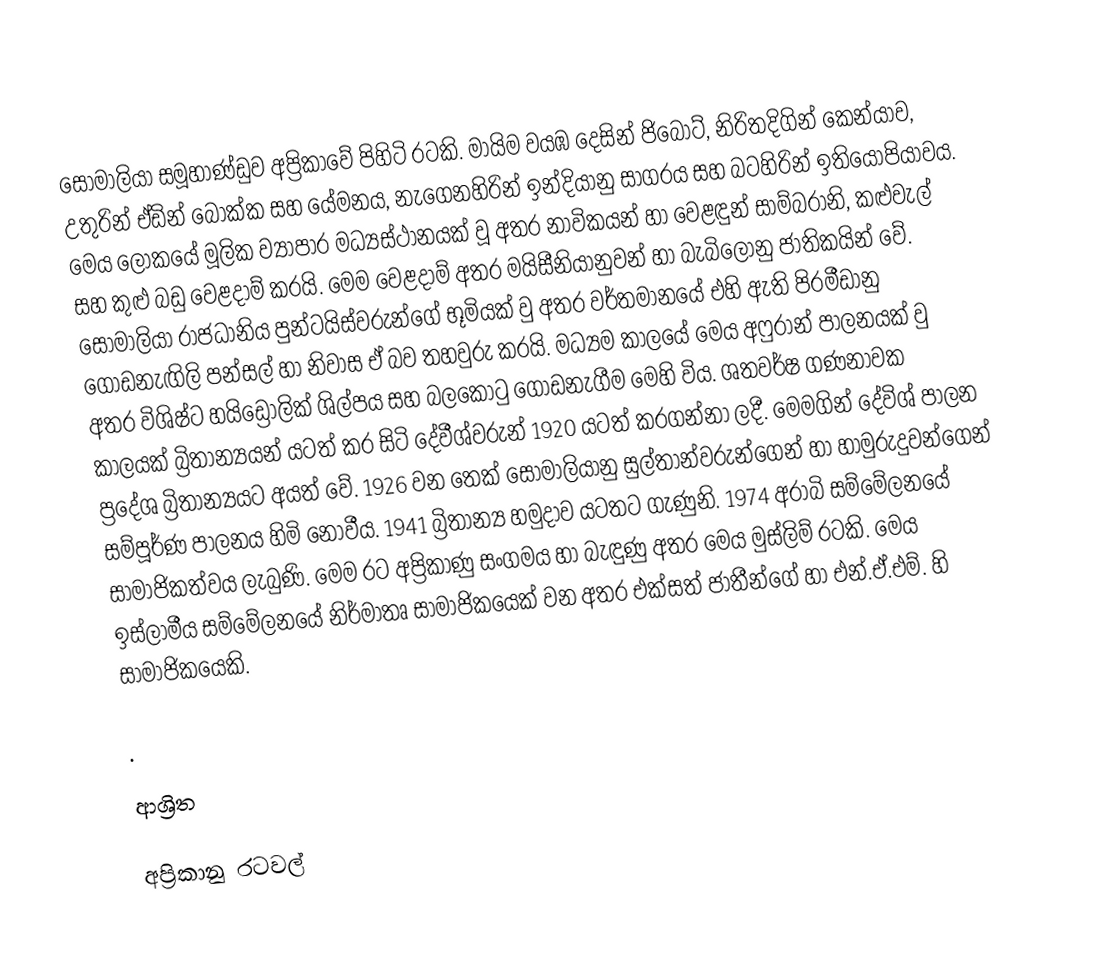
සෝමාලියා සමූහාණ්ඩුව අප්‍රිකාවේ පිහිටි රටකි. මායිම වයඹ දෙසින් ජිබොට්, නිරිතදිගින් කෙන්යාව, උතුරින් ඒඩින් බොක්ක සහ යේමනය, නැගෙනහිරින් ඉන්දියානු සාගරය සහ බටහිරින් ඉති‍යෝපියාවය. මෙය ලෝකයේ මූලික ව්‍යාපාර  මධ්‍යස්ථානයක් වූ අතර නාවිකයන් හා වෙළඳුන් සාම්බරානි, කළුවැල් සහ කුළු බඩු වෙළදාම් කරයි. මෙම වෙළදාම් අතර මයිසීනියානුවන් හා බැබිලෝනු ජාතිකයින් වේ. සෝමාලියා රාජධානිය පුන්ටයිස්වරුන්ගේ භූමියක් වු අතර වර්තමානයේ එහි ඇති පිරමීඩානු ගොඩනැඟිලි පන්සල් හා නිවාස ඒ බව තහවුරු කරයි. මධ්‍යම ‍කාලයේ මෙය අෆුරාන් පාලනයක් වු අතර විශිෂ්ට හයිඩ්‍රොලික් ශිල්පය සහ බලකොටු ගොඩනැගීම මෙහි විය. ශතවර්ෂ ගණනාවක කාලයක් බ්‍රිතාන්‍යයන් යටත් කර සිටි දේවීශ්වරුන් 1920 යටත් කරගන්නා ලදී. මෙමගින් දේවිශ් පාලන ප්‍රදේශ බ්‍රිතාන්‍යයට අයත් වේ. 1926 වන තෙක් සෝමාලියානු සුල්තාන්වරුන්ගෙන් හා හාමුරුදුවන්ගෙන් සම්පූර්ණ පාලනය හිමි නොවීය. 1941 බ්‍රිතාන්‍ය හමුදාව යට‍තට ගැණුනි. 1974 අරාබි  සම්මේලනයේ සාමාජිකත්වය ලැබුණි. මෙම රට අප්‍රිකාණු සංගමය හා බැඳුණු අතර මෙය මුස්ලිම් රටකි. මෙය ඉස්ලාමීය සම්මේලනයේ නිර්මාතෘ  සාමාජිකයෙක් වන අතර එක්සත් ජාතීන්ගේ හා එන්.ඒ.එම්. හි සාමාජිකයෙකි.

.

ආශ්‍රිත

අප්‍රිකානු රටවල්